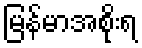
မြန်မာအစိုးရ